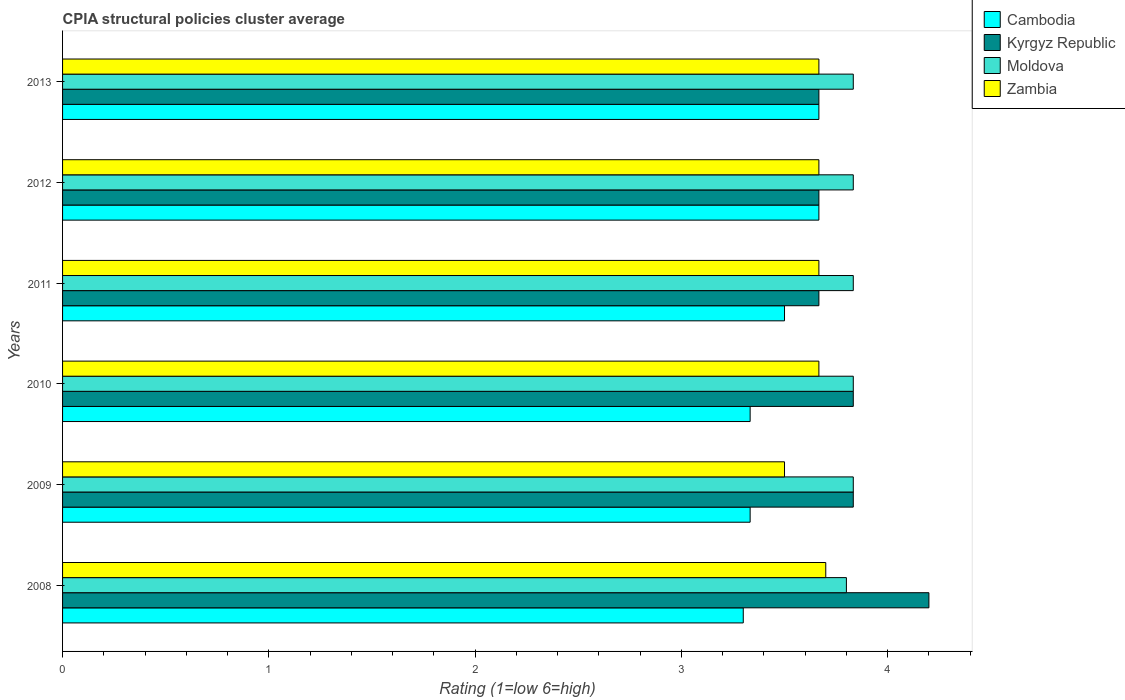
| Years | Cambodia | Kyrgyz Republic | Moldova | Zambia |
 | --- | --- | --- | --- | --- |
 | 2008 | 3.3 | 4.2 | 3.8 | 3.7 |
 | 2009 | 3.33 | 3.83 | 3.83 | 3.5 |
 | 2010 | 3.33 | 3.83 | 3.83 | 3.67 |
 | 2011 | 3.5 | 3.67 | 3.83 | 3.67 |
 | 2012 | 3.67 | 3.67 | 3.83 | 3.67 |
 | 2013 | 3.67 | 3.67 | 3.83 | 3.67 |